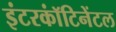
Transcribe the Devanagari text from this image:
इंटरकॉंटिनेंटल